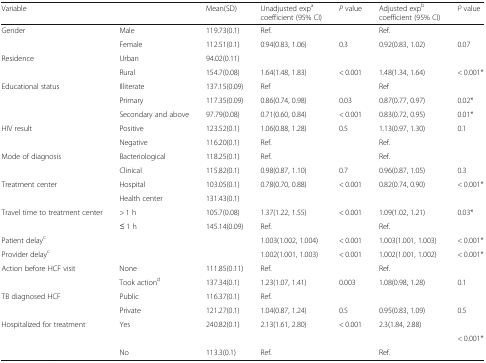
<table><thead><tr><td colspan="2"><b>Variable</b></td><td><b>Mean(SD)</b></td><td><b>Unadjusted exp<sup>a</sup>coefficient (95% CI)</b></td><td><b><i>P</i> value</b></td><td><b>Adjusted exp<sup>b</sup>coefficient (95% CI)</b></td><td><b><i>P</i> value</b></td></tr></thead><tbody><tr><td rowspan="2">Gender</td><td>Male</td><td>119.73(0.1)</td><td>Ref.</td><td></td><td>Ref.</td><td></td></tr><tr><td>Female</td><td>112.51(0.1)</td><td>0.94(0.83, 1.06)</td><td>0.3</td><td>0.92(0.83, 1.02)</td><td>0.07</td></tr><tr><td rowspan="2">Residence</td><td>Urban</td><td>94.02(0.11)</td><td></td><td></td><td></td><td></td></tr><tr><td>Rural</td><td>154.7(0.08)</td><td>1.64(1.48, 1.83)</td><td>&lt; 0.001</td><td>1.48(1.34, 1.64)</td><td>&lt; 0.001*</td></tr><tr><td rowspan="3">Educational status</td><td>Illiterate</td><td>137.15(0.09)</td><td>Ref</td><td></td><td>Ref</td><td></td></tr><tr><td>Primary</td><td>117.35(0.09)</td><td>0.86(0.74, 0.98)</td><td>0.03</td><td>0.87(0.77, 0.97)</td><td>0.02*</td></tr><tr><td>Secondary and above</td><td>97.79(0.08)</td><td>0.71(0.60, 0.84)</td><td>&lt; 0.001</td><td>0.83(0.72, 0.95)</td><td>0.01*</td></tr><tr><td rowspan="2">HIV result</td><td>Positive</td><td>123.52(0.1)</td><td>1.06(0.88, 1.28)</td><td>0.5</td><td>1.13(0.97, 1.30)</td><td>0.1</td></tr><tr><td>Negative</td><td>116.20(0.1)</td><td>Ref.</td><td></td><td>Ref.</td><td></td></tr><tr><td rowspan="2">Mode of diagnosis</td><td>Bacteriological</td><td>118.25(0.1)</td><td>Ref.</td><td></td><td>Ref.</td><td></td></tr><tr><td>Clinical</td><td>115.82(0.1)</td><td>0.98(0.87, 1.10)</td><td>0.7</td><td>0.96(0.87, 1.05)</td><td>0.3</td></tr><tr><td rowspan="2">Treatment center</td><td>Hospital</td><td>103.05(0.1)</td><td>0.78(0.70, 0.88)</td><td>&lt; 0.001</td><td>0.82(0.74, 0.90)</td><td>&lt; 0.001*</td></tr><tr><td>Health center</td><td>131.43(0.1)</td><td></td><td></td><td></td><td></td></tr><tr><td rowspan="2">Travel time to treatment center</td><td>&gt; 1 h</td><td>105.7(0.08)</td><td>1.37(1.22, 1.55)</td><td>&lt; 0.001</td><td>1.09(1.02, 1.21)</td><td>0.03*</td></tr><tr><td>≤ 1 h</td><td>145.14(0.09)</td><td>Ref.</td><td></td><td>Ref.</td><td></td></tr><tr><td colspan="3">Patient delay<sup>c</sup></td><td>1.003(1.002, 1.004)</td><td>&lt; 0.001</td><td>1.003(1.001, 1.003)</td><td>&lt; 0.001*</td></tr><tr><td colspan="3">Provider delay<sup>c</sup></td><td>1.002(1.001, 1.003)</td><td>&lt; 0.001</td><td>1.002(1.001, 1.002)</td><td>&lt; 0.001*</td></tr><tr><td rowspan="2">Action before HCF visit</td><td>None</td><td>111.85(0.11)</td><td>Ref.</td><td></td><td>Ref.</td><td></td></tr><tr><td>Took action<sup>d</sup></td><td>137.34(0.1)</td><td>1.23(1.07, 1.41)</td><td>0.003</td><td>1.08(0.98, 1.28)</td><td>0.1</td></tr><tr><td rowspan="2">TB diagnosed HCF</td><td>Public</td><td>116.37(0.1)</td><td>Ref.</td><td></td><td></td><td></td></tr><tr><td>Private</td><td>121.27(0.1)</td><td>1.04(0.87, 1.24)</td><td>0.5</td><td>0.95(0.83, 1.09)</td><td>0.5</td></tr><tr><td rowspan="3">Hospitalized for treatment</td><td rowspan="2">Yes</td><td rowspan="2">240.82(0.1)</td><td rowspan="2">2.13(1.61, 2.80)</td><td rowspan="2">&lt; 0.001</td><td rowspan="2">2.3(1.84, 2.88)</td><td></td></tr><tr><td>&lt; 0.001*</td></tr><tr><td>No</td><td>113.3(0.1)</td><td>Ref.</td><td></td><td>Ref.</td><td></td></tr></tbody></table>